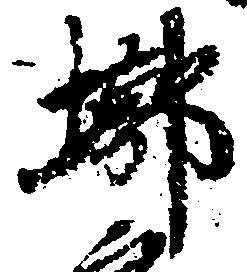
槨